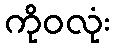
ကိုဝလုံး